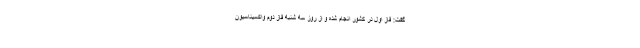
گفت: فاز اول در کشور انجام شده و از روز سه شنبه فاز دوم واکسیناسیون